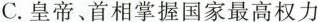
C.皇帝、首相掌握国家最高权力